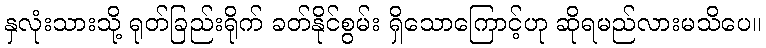
နှလုံးသားသို့ ရုတ်ခြည်းရိုက် ခတ်နိုင်စွမ်း ရှိသောကြောင့်ဟု ဆိုရမည်လားမသိပေ။